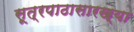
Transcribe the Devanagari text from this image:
सूत्रपाठासारख्या